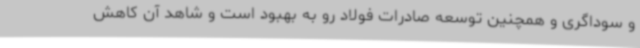
و سوداگری و همچنین توسعه صادرات فولاد رو به بهبود است و شاهد آن کاهش